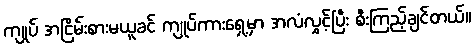
ကျုပ် အငြိမ်းစားမယူခင် ကျုပ်ကားရှေ့မှာ အလံလွှင့်ပြီး စီးကြည့်ချင်တယ်။